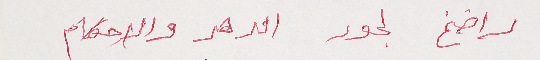
راضخ لجور الدهر والاحكام